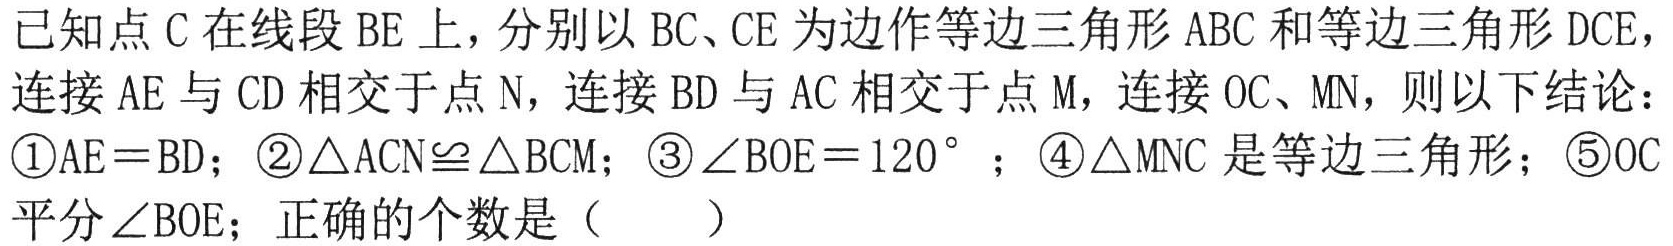
已知点\(C\)在线段\(BE\)上，分别以\(BC\)、\(CE\)为边作等边三角形\(ABC\)和等边三角形\(DCE\)，连接\(AE\)与\(CD\)相交于点\(N\)，连接\(BD\)与\(AC\)相交于点\(M\)，连接\(OC\)、\(MN\)，则以下结论：\textcircled{1}\(AE = BD\)；\textcircled{2}\(\triangle ACN\cong\triangle BCM\)；\textcircled{3}\(\angle BOE = 120^{\circ}\) ；\textcircled{4}\(\triangle MNC\)是等边三角形；\textcircled{5}\(OC\)平分\(\angle BOE\)；正确的个数是（  ）